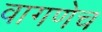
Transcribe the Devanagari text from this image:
वागणेच